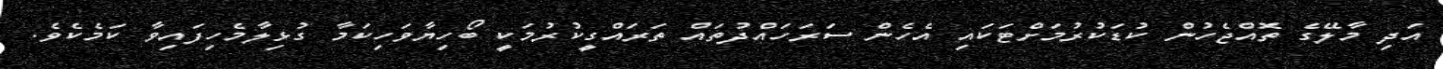
އަދި މާލޭގެ ތޮއްޖެހުން ކުޑަކުރުމަށްޓަކައި އެހެން ސަރަހައްދުތައް ތަރައްގީކުރުމަކީ ބޯހިޔާވަހިކަމާ ގުޅިލާމެހިފައިވާ ކަމެކެވެ.